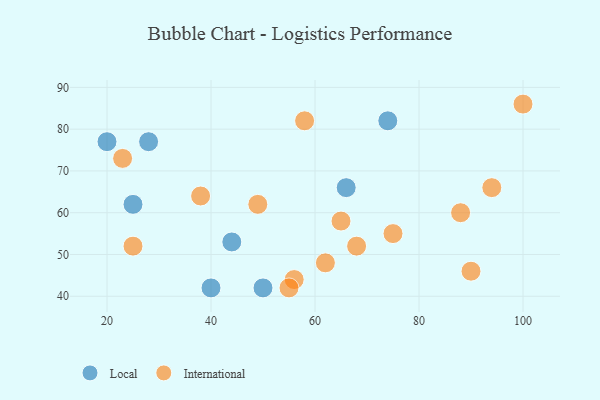
{"axis": {"x": "GDP", "y": "Life Expectancy"}, "legend": ["International", "Local"], "data": [{"x": "20", "y": 77, "type": "Local"}, {"x": "40", "y": 42, "type": "Local"}, {"x": "44", "y": 53, "type": "Local"}, {"x": "28", "y": 77, "type": "Local"}, {"x": "66", "y": 66, "type": "Local"}, {"x": "25", "y": 62, "type": "Local"}, {"x": "50", "y": 42, "type": "Local"}, {"x": "74", "y": 82, "type": "Local"}, {"x": "58", "y": 82, "type": "International"}, {"x": "25", "y": 52, "type": "International"}, {"x": "100", "y": 86, "type": "International"}, {"x": "62", "y": 48, "type": "International"}, {"x": "75", "y": 55, "type": "International"}, {"x": "38", "y": 64, "type": "International"}, {"x": "56", "y": 44, "type": "International"}, {"x": "49", "y": 62, "type": "International"}, {"x": "94", "y": 66, "type": "International"}, {"x": "23", "y": 73, "type": "International"}, {"x": "68", "y": 52, "type": "International"}, {"x": "55", "y": 42, "type": "International"}, {"x": "88", "y": 60, "type": "International"}, {"x": "90", "y": 46, "type": "International"}, {"x": "65", "y": 58, "type": "International"}]}